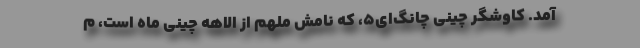
آمد. کاوشگر چینی چانگ‌ای۵، که نامش ملهم از الاههٔ چینی ماه است، م